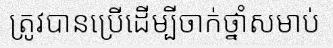
ត្រូវបានប្រើដើម្បីចាក់ថ្នាំសមាប់